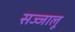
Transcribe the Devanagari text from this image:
सज्जालू